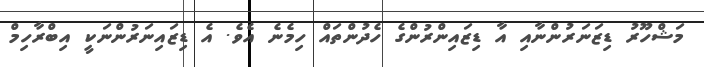
މަޝްހޫރު ޑިޒަނަރުންނާއި އާ ޑިޒައިންރުންގެ ހެދުންތައް ހިމެނެ އެވެ. އެ ޑިޒައިނަރުންނަކީ އިބްރާހިމް